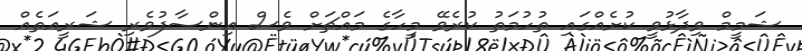
ޝަމީމް ވިދާޅުވީ ކުށެއްގައި ތުހުމަތު ކުރެވޭ މީހާގެ މައްޗަށް ވެސް އިންސާފުވެރި ޝަރީއަތެއް